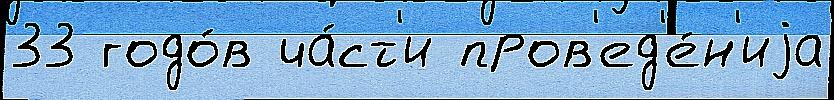
33 годо́в ча́ст'и пров'ед'е́н'иjа